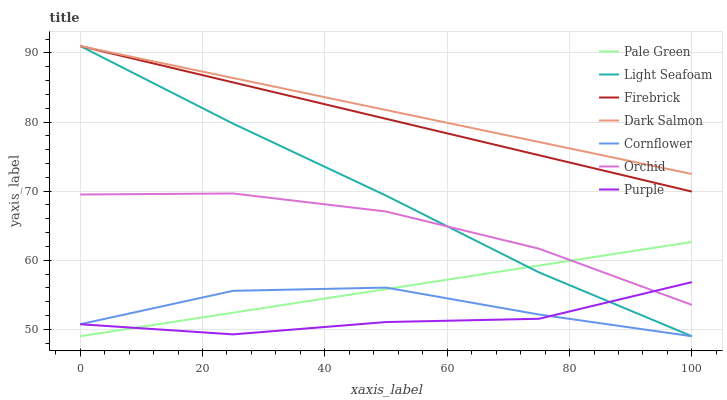
| xaxis_label | Pale Green | Light Seafoam | Firebrick | Dark Salmon | Cornflower | Orchid | Purple |
 | --- | --- | --- | --- | --- | --- | --- | --- |
 | 0 | 49 | 91 | 91 | 91 | 50.7 | 69.5 | 50.7 |
 | 25 | 52.4 | 79.8 | 85.7 | 86.4 | 55.6 | 69.7 | 49.3 |
 | 50 | 55.8 | 69.4 | 80.5 | 81.7 | 56 | 67 | 51.1 |
 | 75 | 59.2 | 58.2 | 75.2 | 77.1 | 52.1 | 61.7 | 51.5 |
 | 100 | 62.6 | 49 | 69.9 | 72.5 | 49 | 53.5 | 56.8 |